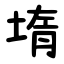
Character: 堶